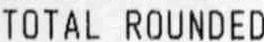
TOTAL ROUNDED